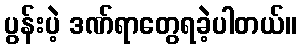
ပွန်းပဲ့ ဒဏ်ရာတွေရခဲ့ပါတယ်။